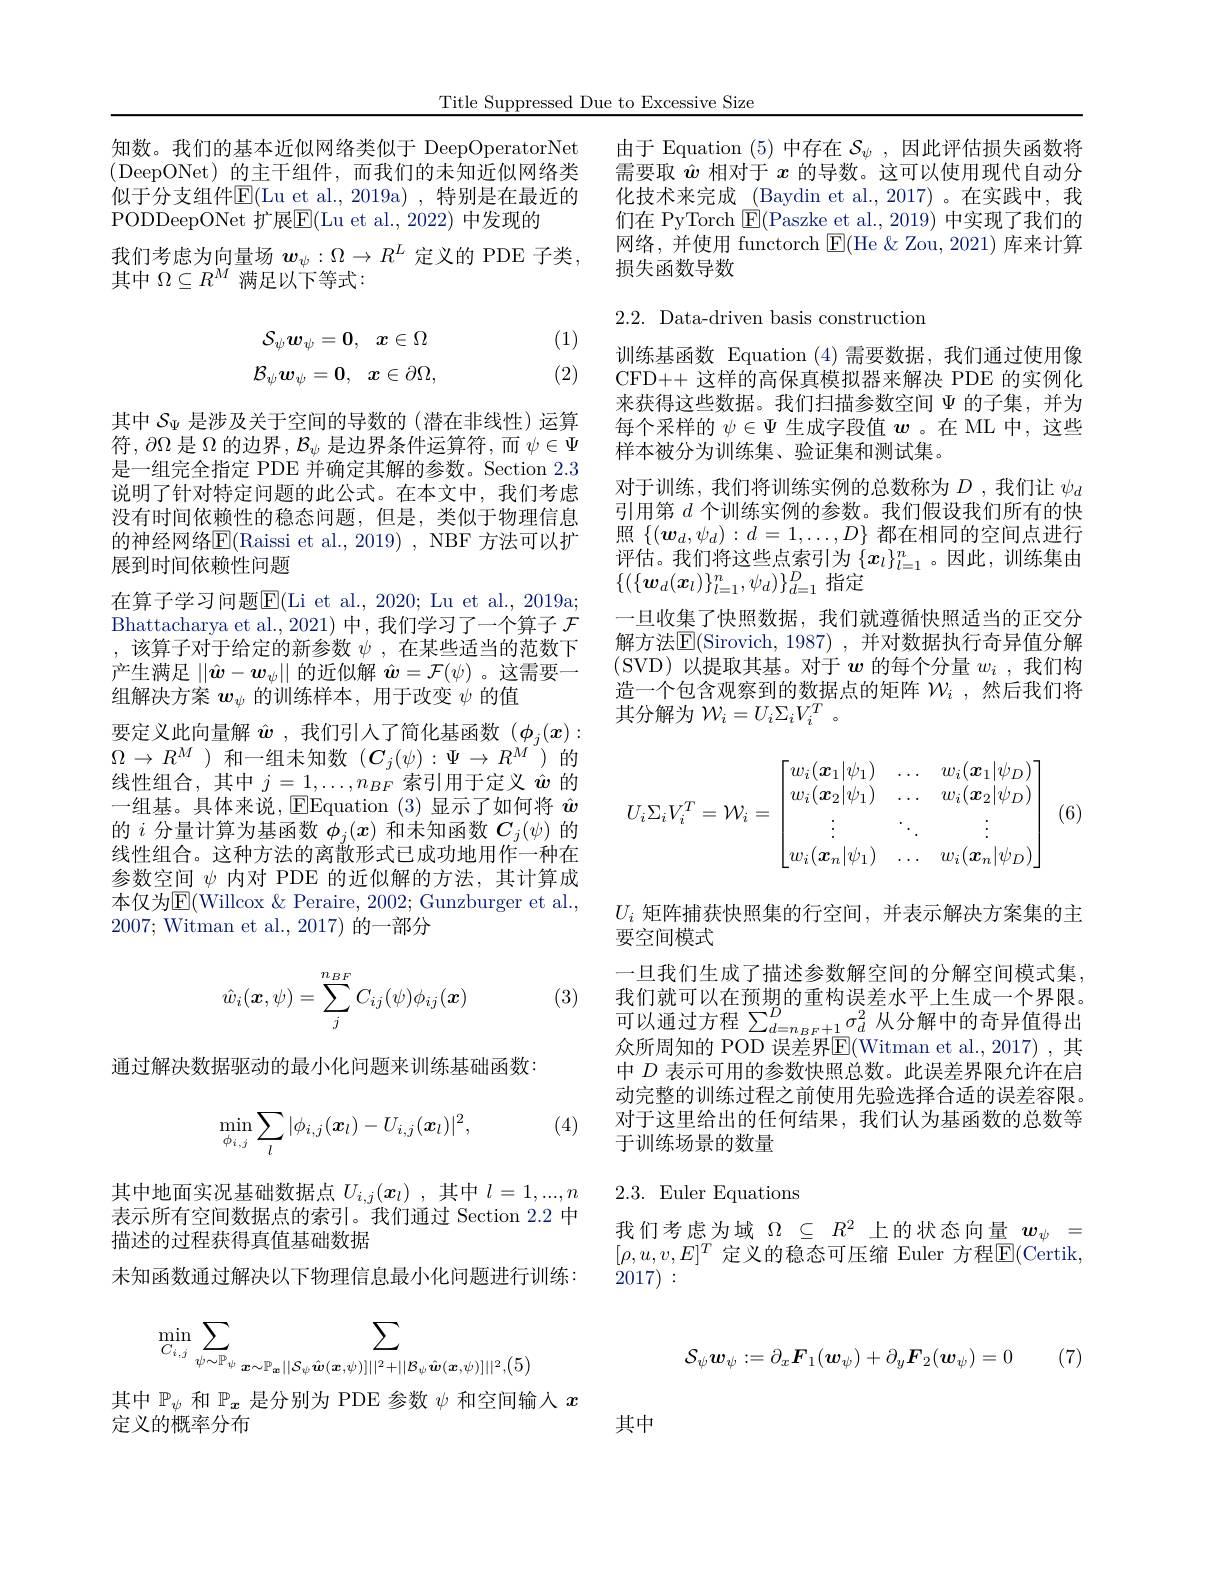
Title Suppressed Due to Excessive Size

知数。我们的基本近似网络类似于 DeepOperatorNet (DeepONet)的主干组件，而我们的未知近似网络类似于分支组件$\mathbb{E}($Lu et al., 2019a) , 特别是在最近的PODDeepONet 扩展$\overline{\mathrm{E}}($Lu et al., 2022) 中发现的
我们考虑为向量场$\boldsymbol w_\psi:\Omega\to R^L$定义的 PDE 子类，
其中$\Omega\subseteq R^M$满足以下等式：

(1)
$$\mathcal{S}_{\psi}\boldsymbol{w}_{\psi}=\boldsymbol{0},\quad\boldsymbol{x}\in\Omega\\\mathcal{B}_{\psi}\boldsymbol{w}_{\psi}=\boldsymbol{0},\quad\boldsymbol{x}\in\partial\Omega,$$
(2)

其中$\mathcal{S}_\Psi$是涉及关于空间的导数的(潜在非线性)运算符，$\partial\Omega$是$\Omega$的边界$,\mathcal{B}_\psi$是边界条件运算符，而$\psi\in\Psi$ 是一组完全指定 PDE 并确定其解的参数。Section 2.3说明了针对特定问题的此公式。在本文中，我们考虑没有时间依赖性的稳态问题，但是，类似于物理信息的神经网络$\overline{\mathrm{E}}($Raissi et al., 2019) , NBF 方法可以扩展到时间依赖性问题
在算子学习问题$\overline{\mathrm{E}}($Li et al.,2020; Lu et al., 2019a; Bhattacharya et al.,2021)中，我们学习了一个算子$\mathcal{F}$ ,该算子对于给定的新参数$\psi$ ,在某些适当的范数下产生满足$||\hat{\boldsymbol{w}}-\boldsymbol{w}_\psi||$的近似解$\hat{\boldsymbol{w}}=\mathcal{F}(\psi)$ 。这需要一组解决方案$w_\psi$的训练样本，用于改变$\psi$的值
要定义此向量解$\hat{\boldsymbol{w}}$ ,我们引入了简化基函数($\phi_j(x):$ $\Omega\to R^M$)和一组未知数$(\boldsymbol C_j(\psi):\Psi\to R^M)$的线性组合，其中$j=1,\ldots,n_{BF}$索引用于定义$\hat{w}$的一组基。具体来说，$\operatorname{EEquation}(3)$显示了如何将$\hat{w}$ 的$i$分量计算为基函数$\phi_j(x)$和未知函数$C_j(\psi)$的线性组合。这种方法的离散形式已成功地用作一种在参数空间$\psi$内对 PDE 的近似解的方法，其计算成本仅为E(Willcox &Peraire, 2002; Gunzburger et al., 2007; Witman et al., 2017) 的一部分

(3)
$$\hat w_i(\boldsymbol x,\psi)=\sum_{j}^{n_{BF}}C_{ij}(\psi)\phi_{ij}(\boldsymbol x)$$
通过解决数据驱动的最小化问题来训练基础函数：

(4)
$$\min_{\phi_{i,j}}\sum_{l}|\phi_{i,j}(\boldsymbol{x}_{l})-U_{i,j}(\boldsymbol{x}_{l})|^{2},$$
其中地面实况基础数据点$U_i,j(x_l)$ ,其中$l=1,...,n$ 表示所有空间数据点的索引。我们通过 Section 2.2 中描述的过程获得真值基础数据
末知函数通过解决以下物理信息最小化问题进行训练：
$$\min_{C_{i,j}}\sum_{\psi\sim\mathbb{P}_{\psi}\:\boldsymbol{x}\sim\mathbb{P}_{\boldsymbol{x}}||\mathcal{S}_{\psi}\hat{\boldsymbol{w}}(\boldsymbol{x},\psi)]||^{2}+||\mathcal{B}_{\psi}\hat{\boldsymbol{w}}(\boldsymbol{x},\psi)]||^{2},(5)}$$
其中$\mathbb{P}_\psi$和$\mathbb{P}_x$是分别为 PDE 参数$\psi$和空间输入$x$
定义的概率分布

由于 Equation (5)中存在$\mathcal{S}_\psi$,因此评估损失函数将需要取$\hat{w}$相对于$x$的导数。这可以使用现代自动分化技术来完成 (Baydin et al.,2017) 。在实践中，我们在 PyTorch $\boxed{\mathrm{F}}($Paszke et al., 2019) 中实现了我们的网络，并使用 functorch $\operatorname{E}($He &Zou, 2021) 库来计算损失函数导数

2.2. Data-driven basis construction

训练基函数 Equation (4)需要数据，我们通过使用像CFD++ 这样的高保真模拟器来解决 PDE 的实例化来获得这些数据。我们扫描参数空间$\Psi$的子集，并为每个采样的$\psi\in\Psi$生成字段值$w$ 。在 ML 中，这些样本被分为训练集、验证集和测试集。
对于训练，我们将训练实例的总数称为$D$ ,我们让 $\psi_d$ 引用第$d$个训练实例的参数。我们假设我们所有的快照$\{(\boldsymbol{w}_d,\psi_d):d=1,\ldots,D\}$都在相同的空间点进行评估。我们将这些点索引为$\{x_l\}_{l=1}^n$。因此，训练集由$\{(\{\boldsymbol{w}_d(\boldsymbol{x}_l)\}_{l=1}^n,\psi_d)\}_{d=1}^D$指定
一旦收集了快照数据，我们就遵循快照适当的正交分解方法$\boxed{\mathrm{E}}($Sirovich, 1987) , 并对数据执行奇异值分解(SVD)以提取其基。对于$w$的每个分量$w_i$ ,我们构造一个包含观察到的数据点的矩阵$\mathcal{W}_i$ ,然后我们将其分解为$\mathcal{W}_i=U_i\Sigma_iV_i^T~$。
$$U_i\Sigma_iV_i^T=\mathcal W_i=\begin{bmatrix}w_i(\boldsymbol{x}_1|\psi_1)&\ldots&w_i(\boldsymbol{x}_1|\psi_D)\\w_i(\boldsymbol{x}_2|\psi_1)&\ldots&w_i(\boldsymbol{x}_2|\psi_D)\\\vdots&\ddots&\vdots\\w_i(\boldsymbol{x}_n|\psi_1)&\ldots&w_i(\boldsymbol{x}_n|\psi_D)\end{bmatrix}$$
(6)

$U_i$矩阵捕获快照集的行空间，并表示解决方案集的主
要空间模式
一旦我们生成了描述参数解空间的分解空间模式集， 我们就可以在预期的重构误差水平上生成一个界限。可以通过方程 $\sum_d=n_{BF+1}^D\sigma_d^2$ 从分解中的奇异值得出个所用知作 DOD 只并用$\overline{\nabla}(\mathbf{x})=\begin{pmatrix}1&0\\0&0\end{pmatrix}$ 众所周知的 POD 误差界$\overline{\mathrm{E}}($Witman et al.,2017) ,其中$D$表示可用的参数快照总数。此误差界限允许在启动完整的训练过程之前使用先验选择合适的误差容限。对于这里给出的任何结果，我们认为基函数的总数等于训练场景的数量

## 2.3.Euler Equations

我们考虑为域$\Omega\subseteq R^2$上的状态向量$w_\psi=$ $[\rho,u,v,E]^T$ 定义的稳态可压缩 Euler 方程$\overline{\mathrm{E}}($Certik, 2017):
$$\mathcal{S}_\psi\boldsymbol{w}_\psi:=\partial_x\boldsymbol{F}_1(\boldsymbol{w}_\psi)+\partial_y\boldsymbol{F}_2(\boldsymbol{w}_\psi)=0$$
(7)

其中